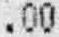
.00